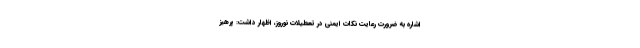
اشاره به ضرورت رعایت نکات ایمنی در تعطیلات نوروز، اظهار داشت: پرهیز